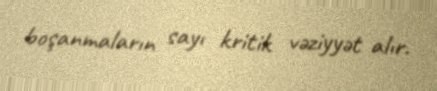
boşanmaların sayı kritik vəziyyət alır.